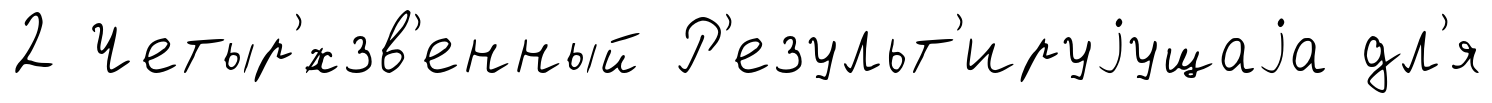
2 Четыр'́хзв'енный Р'езульт'ируjущаjа дл'я